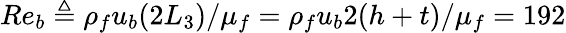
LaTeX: Re_{b}\triangleq\rho_{f}u_{b}(2L_{3})/\mu_{f}=\rho_{f}u_{b}2(h+t)/\mu_{f}=192